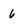
Character: 6